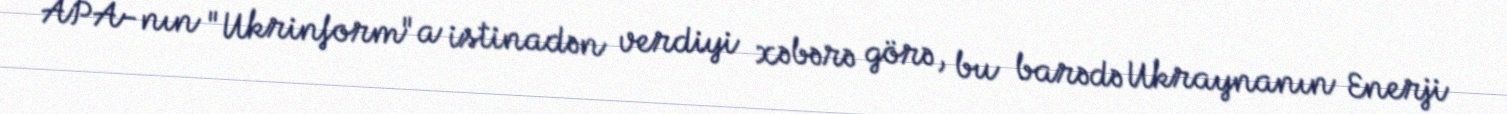
APA-nın "Ukrinform"a istinadən verdiyi xəbərə görə, bu barədə Ukraynanın Enerji